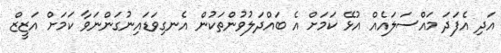
އަދި އެފަދަ މައްސަލައެއް އުޅޭ ކަމަށް އެ ބައްދަލުވުންތަކުން އެނގިވަޑައިނުގަންނަވާ ކަމަށް އަޒީޒް